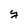
Character: y